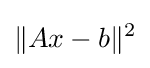
\|Ax-b\|^{2}